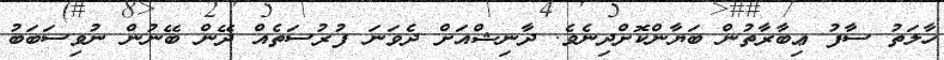
ހާލަތު ސާފު ޢިބާރާތުުން ބަޔާންކޮށްދިނެވެ. ދާނިޝްއަށް ދެވަނަ ފުރުސަތެއް ދޭން ބޭނުން ނުވިސަބަބު